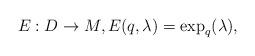
LaTeX: \begin{align*} E:D\to M,E(q,\lambda)=\exp_q(\lambda),\end{align*}